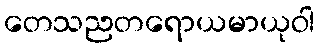
တေသညတရောယမာယုဝါ